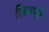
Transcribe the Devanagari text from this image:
लिथगो